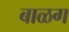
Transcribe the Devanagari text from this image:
बाळग